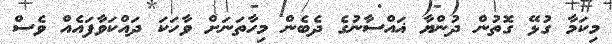
މިކަމާ ގުޅޭ ގޮތުން ދުންޔާ ޣައްސާނުގެ ދެބެން މިހާތަނަށް ވާހަކަ ދައްކަވާފައެއް ވެސް